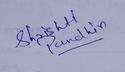
Signature authenticity: genuine